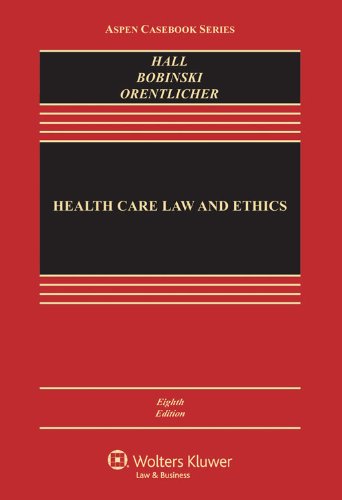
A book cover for Health Care Law and Ethics, Eighth Edition (Aspen Casebooks); Mark A. Hall; Law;